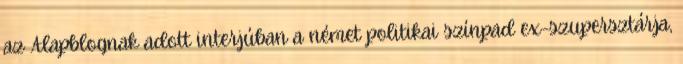
az Alapblognak adott interjúban a német politikai színpad ex-szupersztárja,